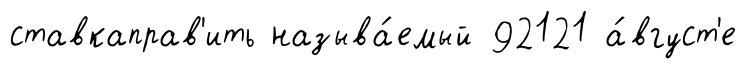
ставкаправ'ить называ́емый 92121 а́вгуст'е